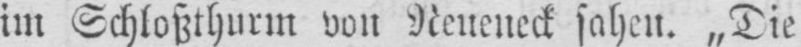
im Schloßthurm von Neueneck sahen. „Die